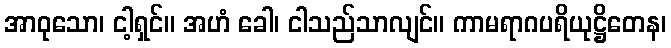
အာဝုသော၊ ငါ့ရှင်။ အဟံ ခေါ၊ ငါသည်သာလျင်။ ကာမရာဂပရိယုဋ္ဌိတေန၊